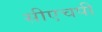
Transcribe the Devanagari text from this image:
सीएचपी